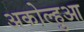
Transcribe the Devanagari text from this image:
अकोल्हुआ